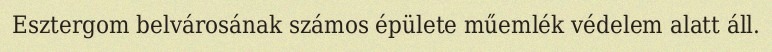
Esztergom belvárosának számos épülete műemlék védelem alatt áll.